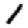
Digit: 1